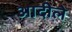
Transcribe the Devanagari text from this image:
आदीले